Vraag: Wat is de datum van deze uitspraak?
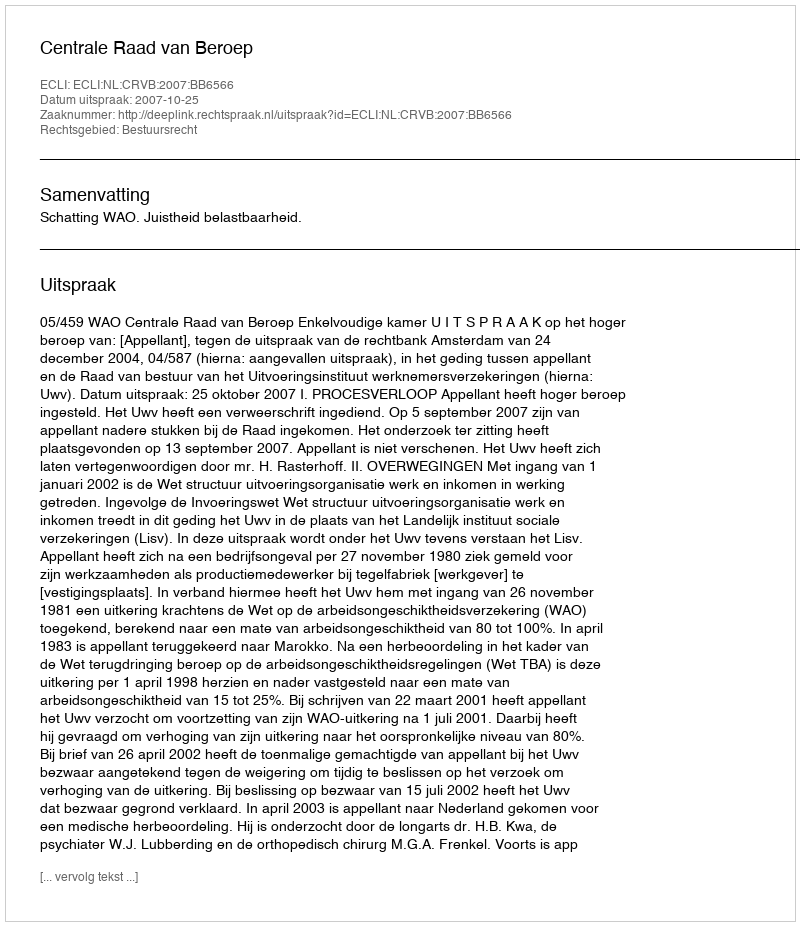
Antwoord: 2007-10-25